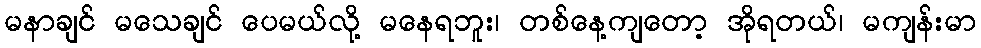
မနာချင် မသေချင် ပေမယ်လို့ မနေရဘူး၊ တစ်နေ့ကျတော့ အိုရတယ်၊ မကျန်းမာ